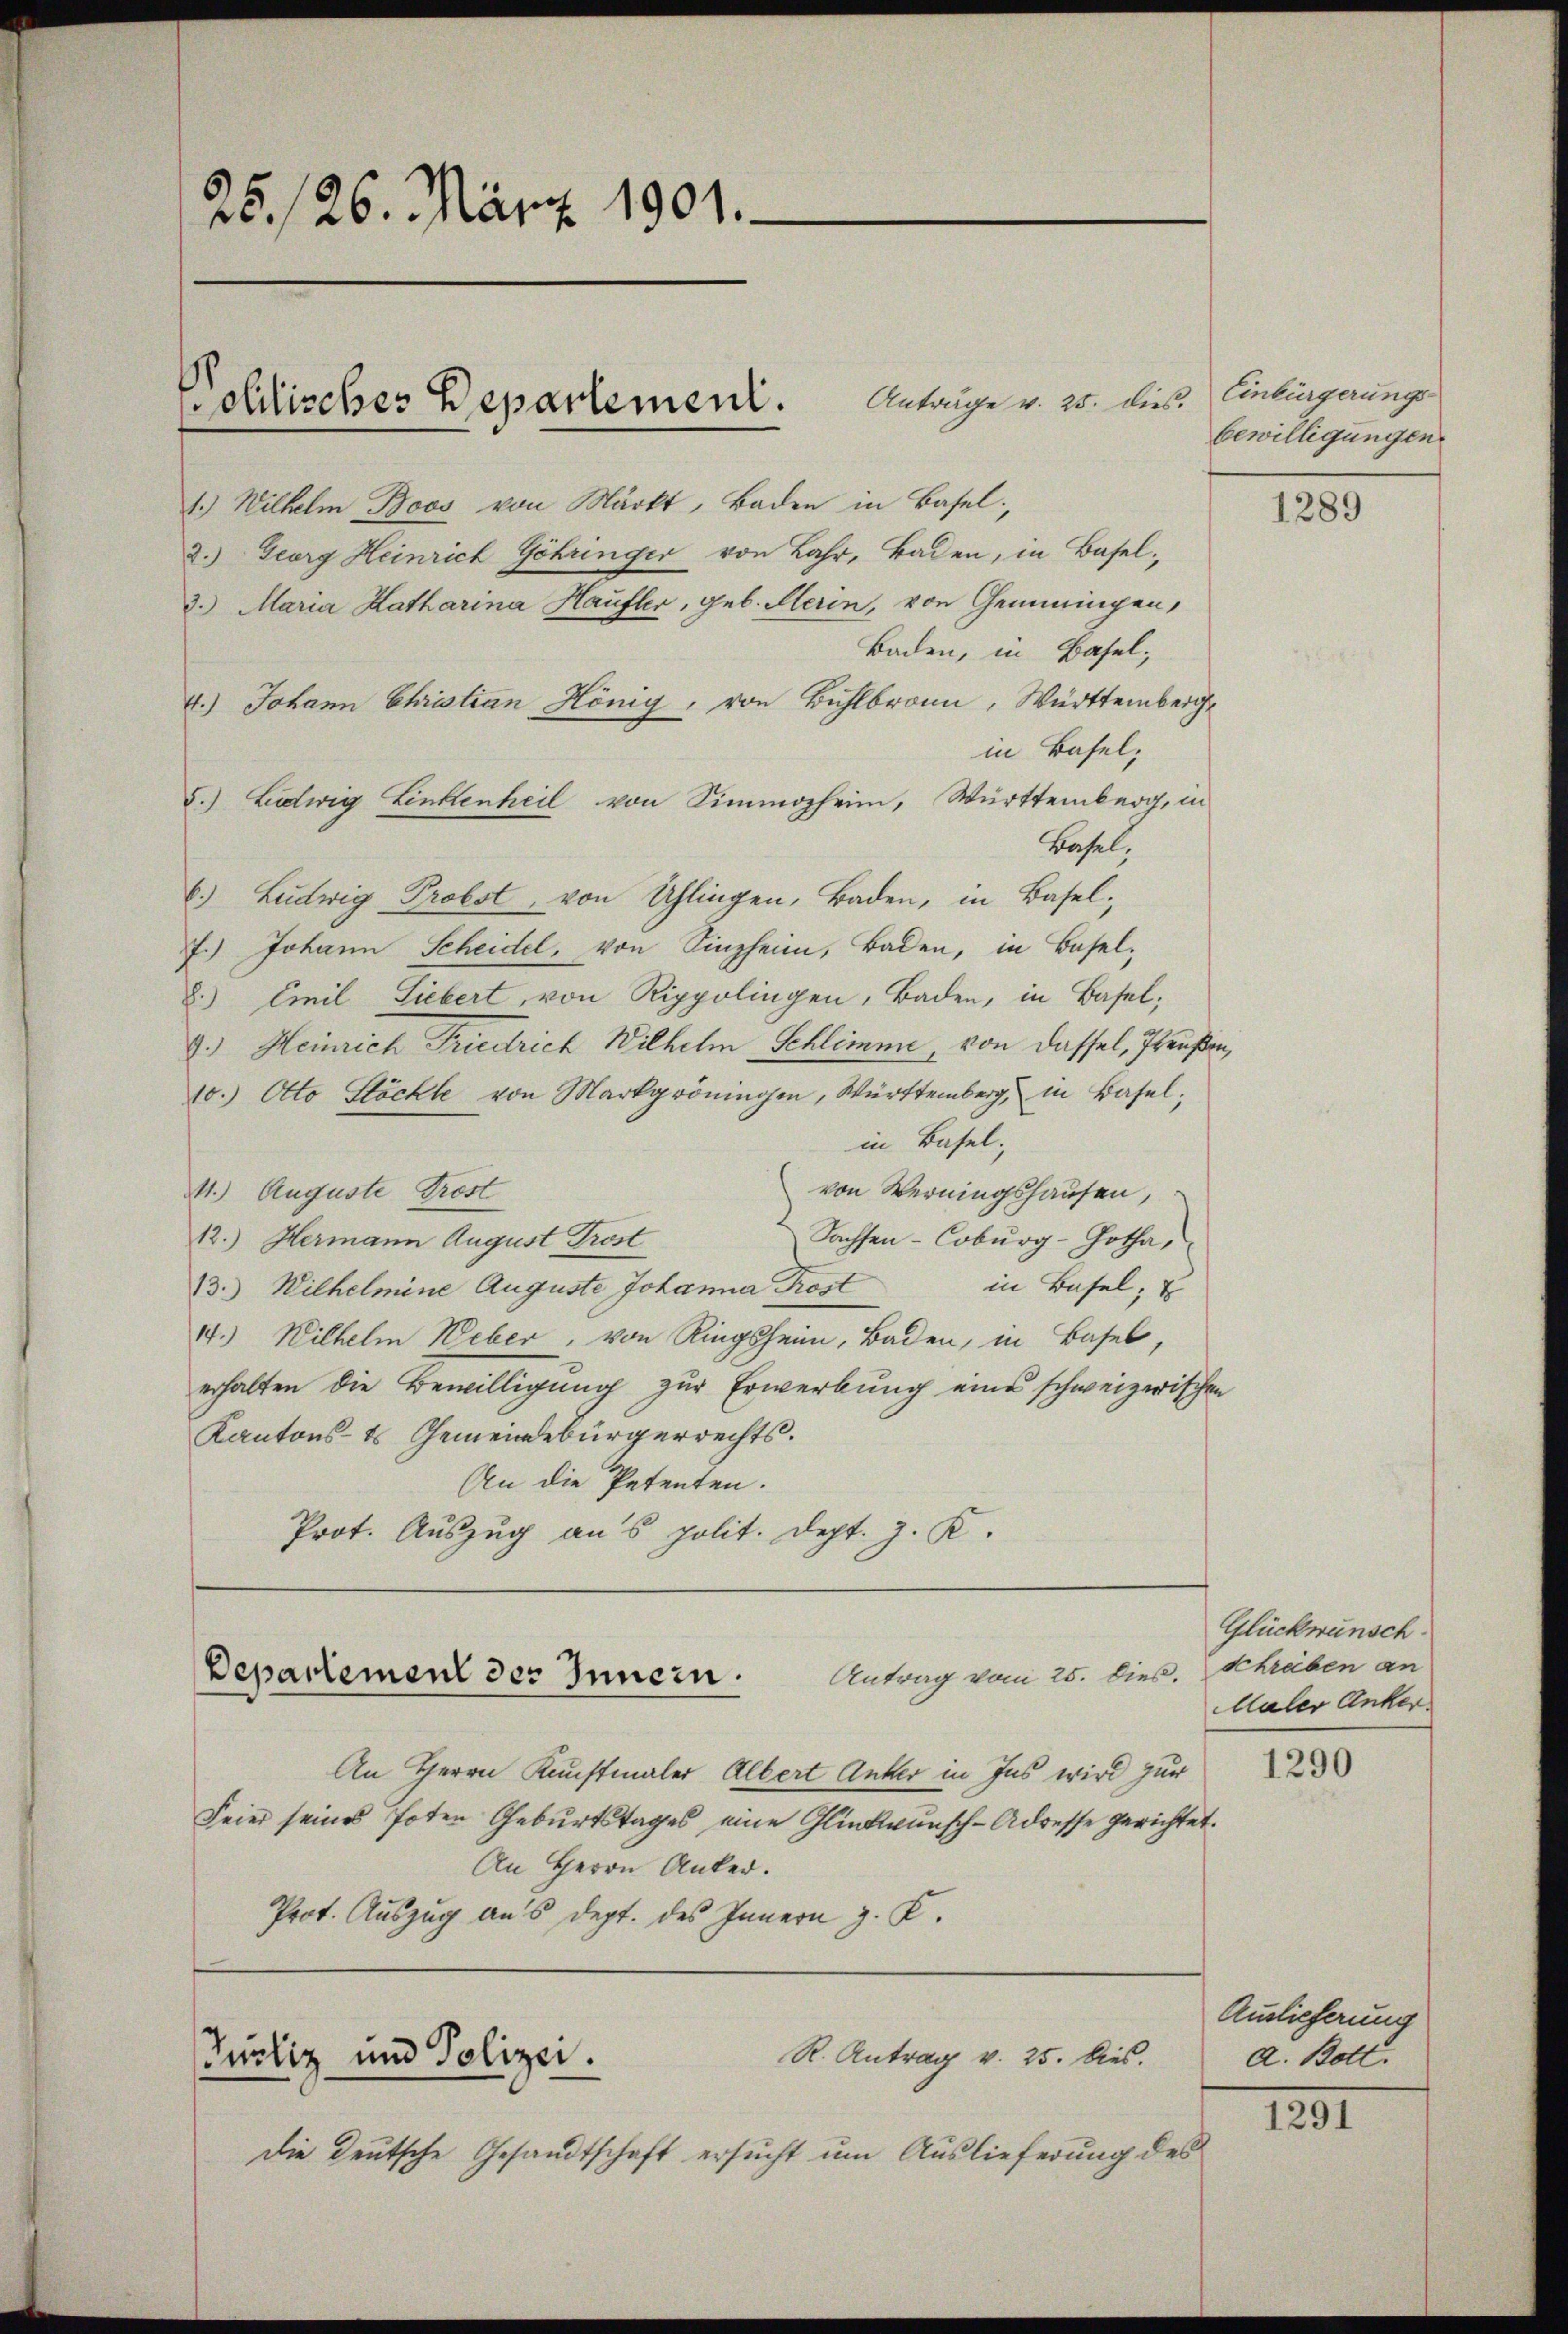
25. 126. März 1901.

2.) Georg Heinrich Göhringer von Lahr, Baden, in Basel-
3.) Maria Katharina Haufler, geb. Steren, von Gemeingen,
Baden, in Basel,
4.) Johann Christian Hönig, von Bühlbronn, Württemberg,
in Basel,
5.) Ludwig Linkenheil von Simmozheim, Württemberg, in
Basel,
6.) Ludwig Probst, von Uhlingen, Baden, in Basel¬
7.) Johann Scheidel, von Sinzheim, Baden, in Basel-
8.) Emil Siebert von Rippolingen, Baden, in Basel;
9.) Heinrich Friedrich Wilhelm Schlimm, von dassel, Preußen,
10.) Otto Stöchte von Markgröningen, Württemberg in Basel;
in Basel;
von Werningshausen,
4.) Auguste Trost
Sachsen - Coburg-Gotha,
12.) Hermann August Trost
in Basel; u
13.) Wilhelmine Auguste Johanna Post
14.) Wilhelm Weber, von Ringsheim, Baden, in Basel,
erhalten die Bewilligung zur Erwerbung eines schweizerischen
Kantons-Es Gemeindebürgerrechts.
An die Patenten.
Prot. Auszug aus polit. Dept. J. K.

Anträge v. 25. dies
olitisches Departement.
1.) Wilhelm Boos von Märkt, Baden in Basel,

Antrag vom 25. dies.
Departement des Innern.

An Herrn Kunstmaler Albert Anker in Ins wird zur
Feier seines Poten Geburtstages eine Glückwunsch-Adresse gerichtet.
An Herrn Anker.
Prot. Auszug aus dept. des Innern z. K.

R. Antrag v. 25. Dies.
Pucliz und Polizei.

Die Deutsche Gesandtschaft ersucht um Auslieferung des

Einbürgerungsbewilligungen

1289

Glückwünsch
schreiben an
Maler Anker.

1290

Auslieferung
a. Bott.

1291